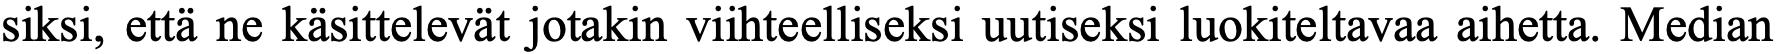
siksi, että ne käsittelevät jotakin viihteelliseksi uutiseksi luokiteltavaa aihetta. Median